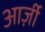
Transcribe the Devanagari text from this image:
आर्ज़ी